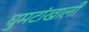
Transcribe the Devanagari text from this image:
घुमटांखाली